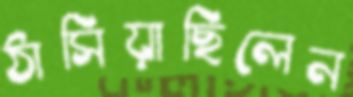
ঠাসিয়াছিলেন